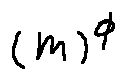
( m ) ^ { \phi }